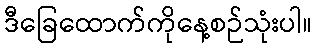
ဒီခြေထောက်ကိုနေ့စဉ်သုံးပါ။